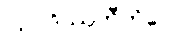
ဩဝဒိဿတီတိပေ